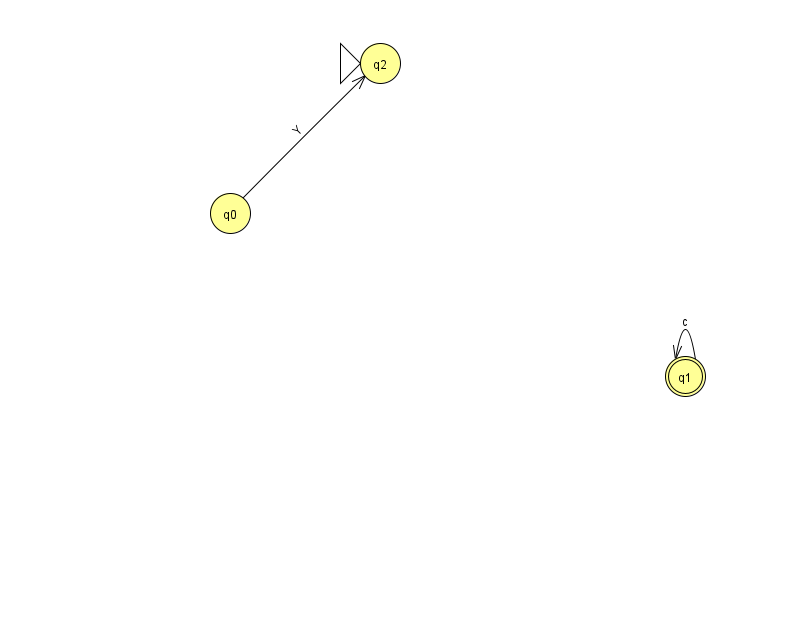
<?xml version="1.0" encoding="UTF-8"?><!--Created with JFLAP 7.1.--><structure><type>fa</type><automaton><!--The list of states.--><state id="0" name="q0"><x>230.0</x><y>200.0</y></state><state id="1" name="q1"><x>685.0</x><y>363.0</y><final/></state><state id="2" name="q2"><x>380.0</x><y>50.0</y><initial/></state><!--The list of transitions.--><transition><from>1</from><to>1</to><read>c</read></transition><transition><from>0</from><to>2</to><read>Y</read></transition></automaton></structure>